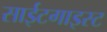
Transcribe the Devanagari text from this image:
साईटगाइस्ट